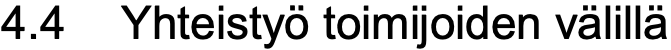
4.4 Yhteistyö toimijoiden välillä